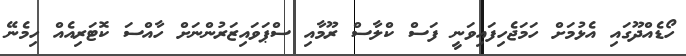
ހޯޑެއްދޫގައި އެޅުމަށް ހަމަޖެހިފައިވަނީ ފަސް ކްލާސް ރޫމާއި ސްޕަވައިޒަރުންނަށް ހާއްސަ ކޮޓަރިއެއް ހިމެނޭ